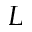
L